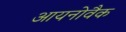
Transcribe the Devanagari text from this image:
आयनोवैक